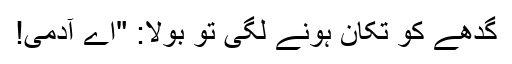
گدھے کو تکان ہونے لگی تو بولا: "اے آدمی!